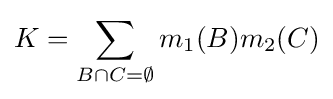
K=\sum _{B\cap C=\emptyset }m_{1}(B)m_{2}(C)